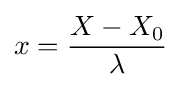
x={\frac {X-X_{0}}{\lambda }}